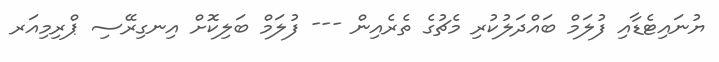
ޔުނައިޓެޑާއި ފުލަމް ބައްދަލުކުރި މެޗުގެ ތެރެއިން --- ފުލަމް ބަލިކޮށް އިނގިރޭސި ޕްރިމިއަރ